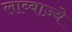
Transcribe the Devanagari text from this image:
लाब्बाज़्ये